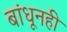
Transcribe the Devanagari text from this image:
बांधूनही